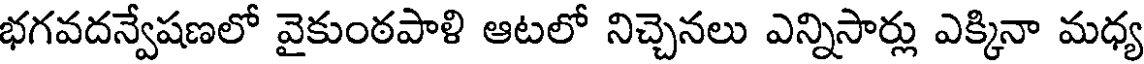
భగవదన్వేషణలో వైకుంఠపాళి ఆటలో నిచ్చెనలు ఎన్నిసార్లు ఎక్కినా మధ్య